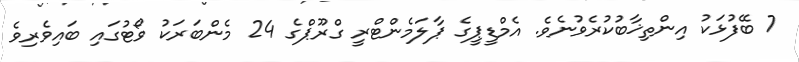
7 ބޭފުޅަކު އިންތިޚާބުކުރެވުނެވެ. އެމްޑީޕީގެ ޕާލަމެންޓްރީ ގްރޫޕްގެ 24 މެންބަރަކު ވޯޓުގައި ބައިވެރިވެ